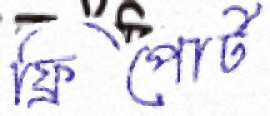
ফ্রিপোর্ট